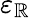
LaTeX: \varepsilon_{\mathbb{R}}